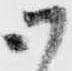
御